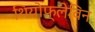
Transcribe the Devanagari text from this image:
थियोफ्लेविन